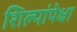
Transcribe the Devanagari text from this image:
शिल्पांपेक्षा